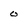
Character: o